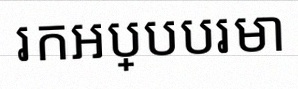
រកអប្បបរមា